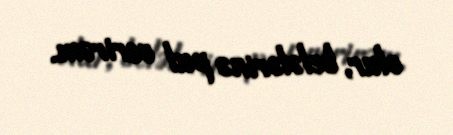
olur, belələrinə pul verirəm.